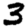
Digit: 3